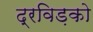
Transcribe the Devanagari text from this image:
द्रविड़को